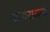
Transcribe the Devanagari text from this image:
जपानातल्या